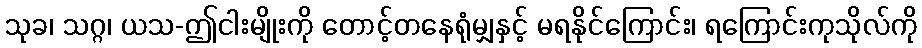
သုခ၊ သဂ္ဂ၊ ယသ-ဤငါးမျိုးကို တောင့်တနေရုံမျှနှင့် မရနိုင်ကြောင်း၊ ရကြောင်းကုသိုလ်ကို